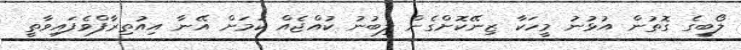
ލޯބީގެ ގޮތުން އުޅުނު މީހަކާ ޒިނޭކޮށްގެން ލިބުނު ކުއްޖެއް ކަމަށް އޭނާ އިއުތިރާފްވެފައިވާތީ